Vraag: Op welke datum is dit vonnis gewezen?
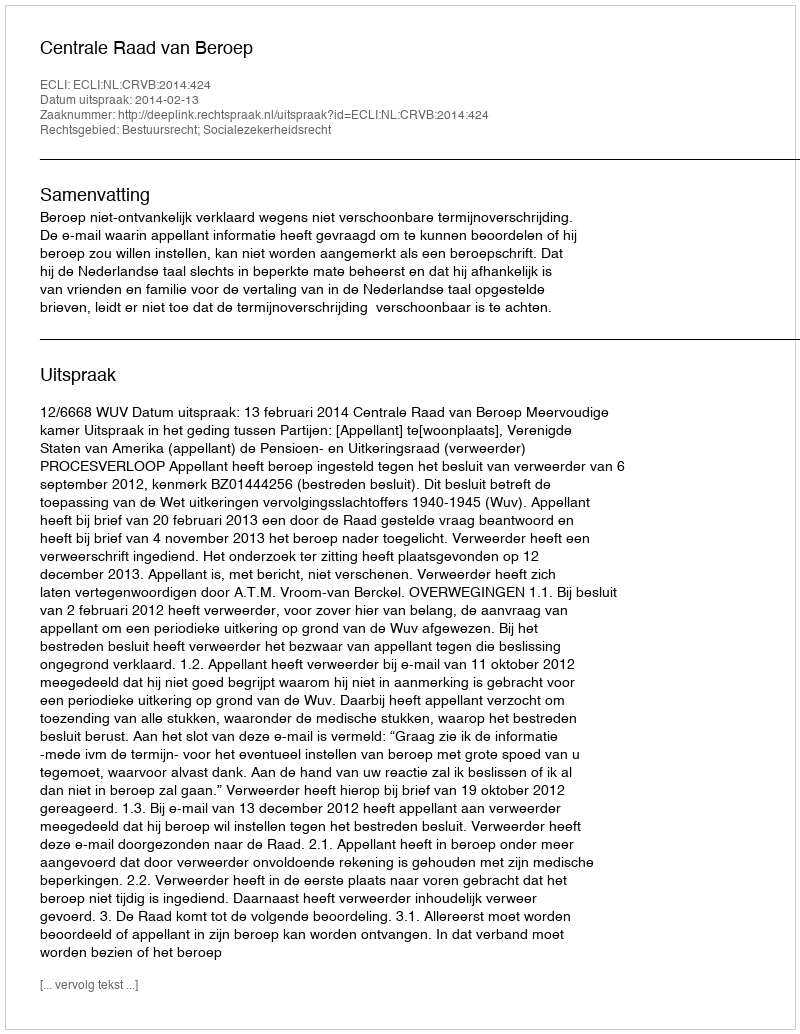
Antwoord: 2014-02-13